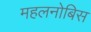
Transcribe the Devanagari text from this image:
महलनोबिस